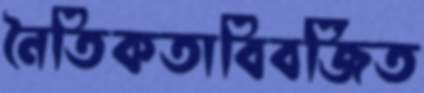
নৈতিকতাবিবর্জিত